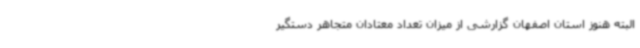
البته هنوز استان اصفهان گزارشی از میزان تعداد معتادان متجاهر دستگیر